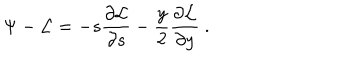
\Psi - { \cal L } = - s { \frac { \partial { \cal L } } { \partial s } } - { \frac { y } { 2 } } { \frac { \partial { \cal L } } { \partial y } } \ .